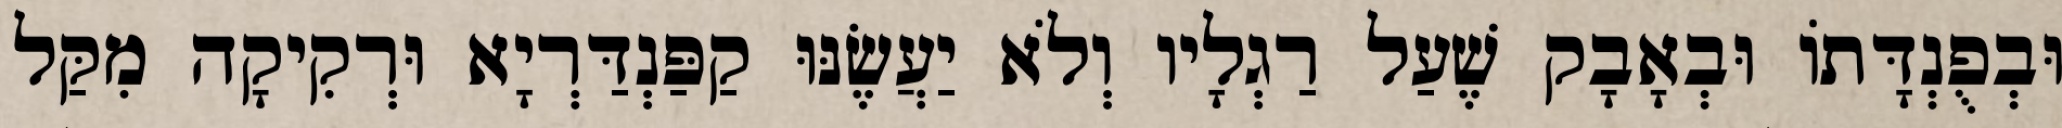
וּבְפֻנְדָּתוֹ וּבְאָבָק שֶׁעַל רַגְלָיו וְלֹא יַעֲשֶׂנּוּ קַפַּנְדַּרְיָא וּרְקִיקָה מִקַּל